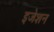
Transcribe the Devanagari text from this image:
इजेशन